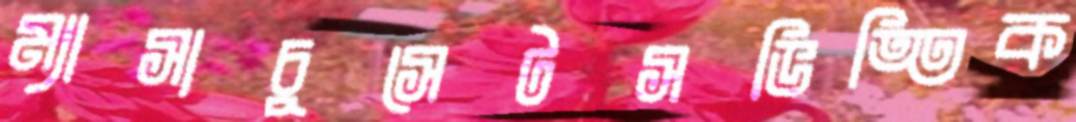
ম্যাসাচুসেটসভিত্তিক